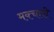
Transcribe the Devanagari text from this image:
मक्चारी